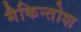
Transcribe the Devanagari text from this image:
मैकिन्तोश